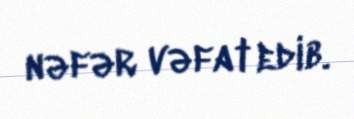
nəfər vəfat edib.